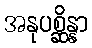
အနုပစ္ဆိန္နာ